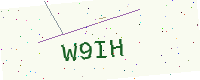
Text: W9IH